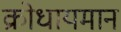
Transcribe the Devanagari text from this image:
क्रोधायमान